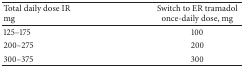
| Total daily dose IR mg | Switch to ER tramadol once-daily dose, mg |
 | --- | --- |
 | 125–175 | 100 |
 | 200–275 | 200 |
 | 300–375 | 300 |